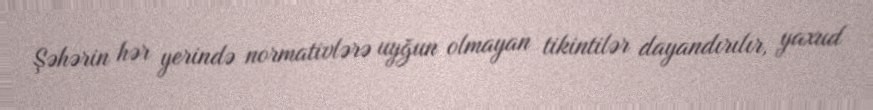
Şəhərin hər yerində normativlərə uyğun olmayan tikintilər dayandırılır, yaxud